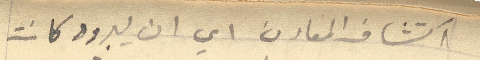
اكتشاف المعادن اي ان يبرود كانت